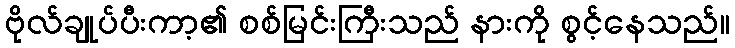
ဗိုလ်ချုပ်ပီးကာ့၏ စစ်မြင်းကြီးသည် နားကို စွင့်နေသည်။